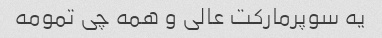
یه سوپرمارکت عالی و همه چی تمومه